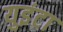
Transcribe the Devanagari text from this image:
युइंटा